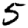
Digit: 5